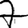
Digit: 7